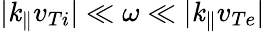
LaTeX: |\mathit{k}_{\parallel}v_{Ti}|\ll\omega\ll|\mathit{k}_{\parallel}v_{Te}|